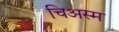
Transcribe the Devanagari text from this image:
चिअस्म